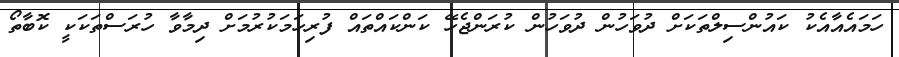
ހަމައެއާއެކު ކައުންސިލްތަކަށް ދުވަހުން ދުވަހުން ކުރަންޖެހޭ ކަންކައްތައް ފުރިހަމަކުރުމަށް ދިމާވާ ހުރަސްތަކަކީ ކޮބާތޯ